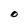
Character: O